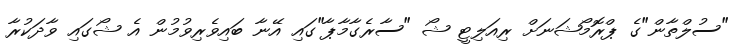
"ސުލްތާން"ގެ ޕްރޮމޯޝަނަށް ރިއަލިޓީ ޝޯ "ސާރެގާމާޕާ"ގައި އޭނާ ބައިވެރިވުމުން އެ ޝޯގައި ވާދަކުރާ